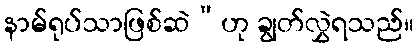
နာမ်ရုပ်သာဖြစ်ဆဲ”ဟု ချွတ်လွှဲရသည်။